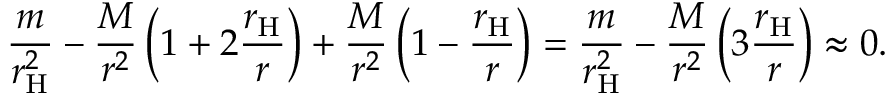
{ \frac { m } { r _ { \mathrm { H } } ^ { 2 } } } - { \frac { M } { r ^ { 2 } } } \left( 1 + 2 { \frac { r _ { \mathrm { H } } } { r } } \right) + { \frac { M } { r ^ { 2 } } } \left( 1 - { \frac { r _ { \mathrm { H } } } { r } } \right) = { \frac { m } { r _ { \mathrm { H } } ^ { 2 } } } - { \frac { M } { r ^ { 2 } } } \left( 3 { \frac { r _ { \mathrm { H } } } { r } } \right) \approx 0 .